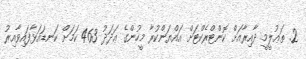
2. ތަޢުލީމީ ދާއިރާއަށް ކޮންޓްރެކްޓަށް އައްޔަންކުރާ މީހުންގެ ޢަދަދު 463 ކަމަށް ކަނޑައަޅާފައިވާއިރު